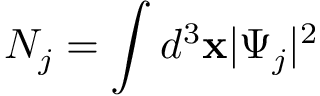
N _ { j } = \int d ^ { 3 } \mathbf { x } | \Psi _ { j } | ^ { 2 }